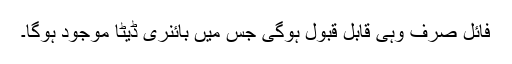
فائل صرف وہی قابل قبول ہوگی جس میں بائنری ڈیٹا موجود ہوگا۔